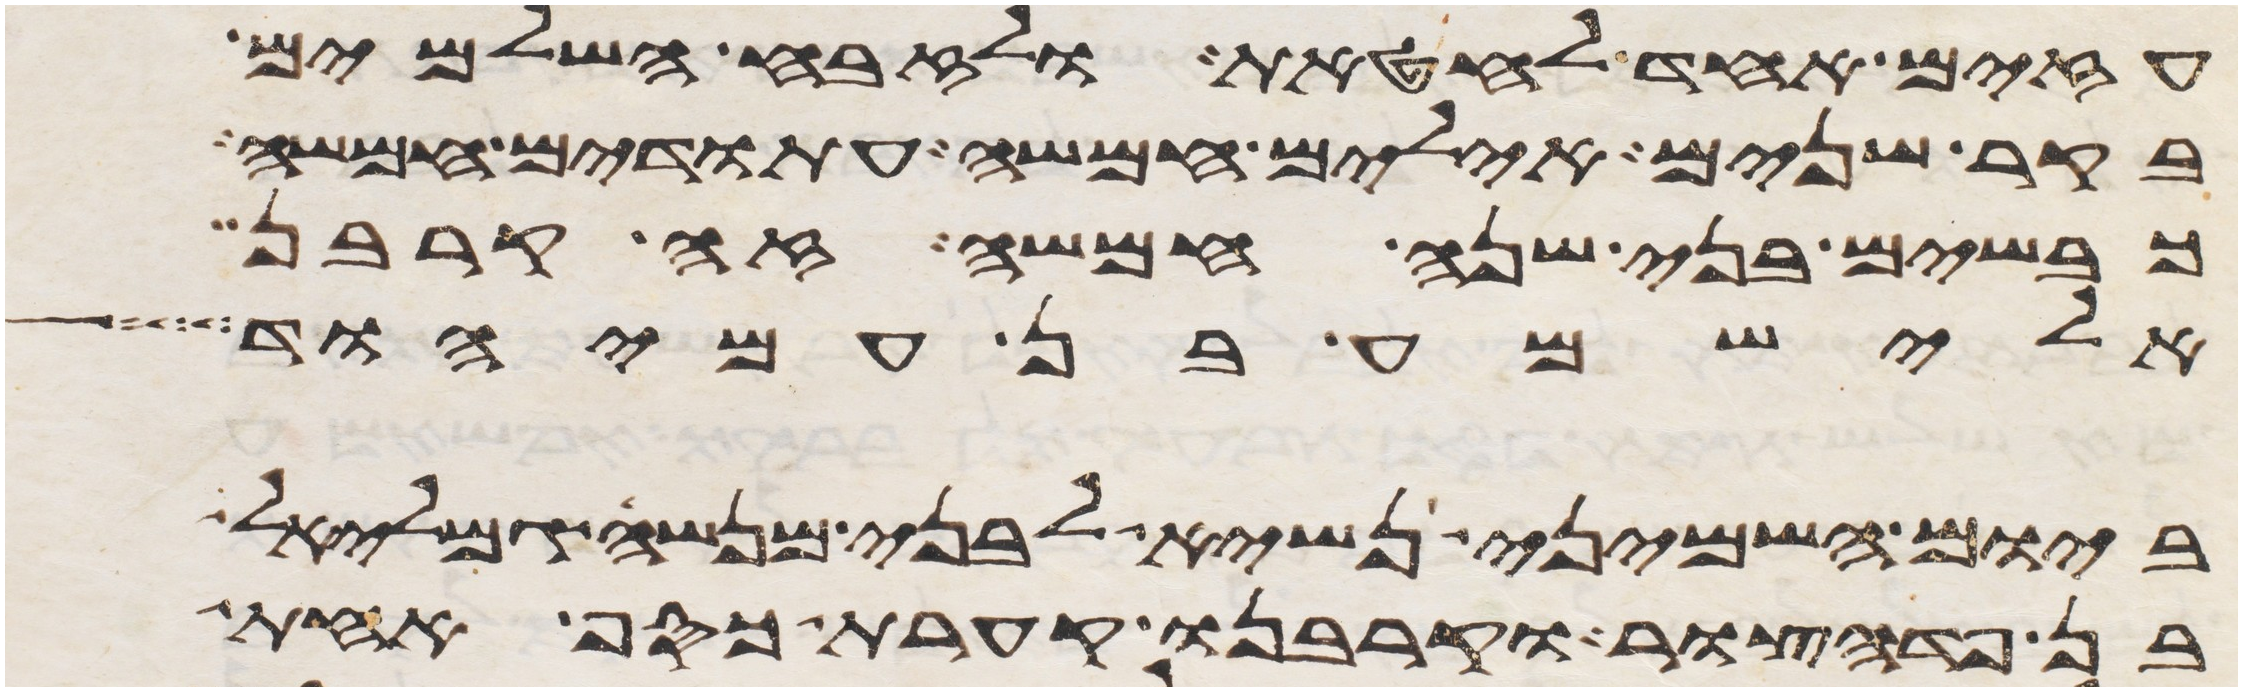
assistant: עזים אחד לחטאת ולזבח השלמים
בקר שנים אילים חמשה עתודים חמשה
כבשים בני שנה חמשה זה קרבן
אלישמע בן עמיהוד
ביום השמיני נשיא לבני מנשה גמלאל
בן פדהצור וקרבנו קערת כסף אחת